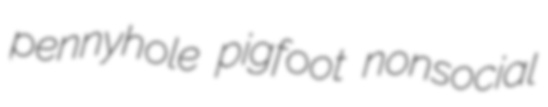
pennyhole pigfoot nonsocial